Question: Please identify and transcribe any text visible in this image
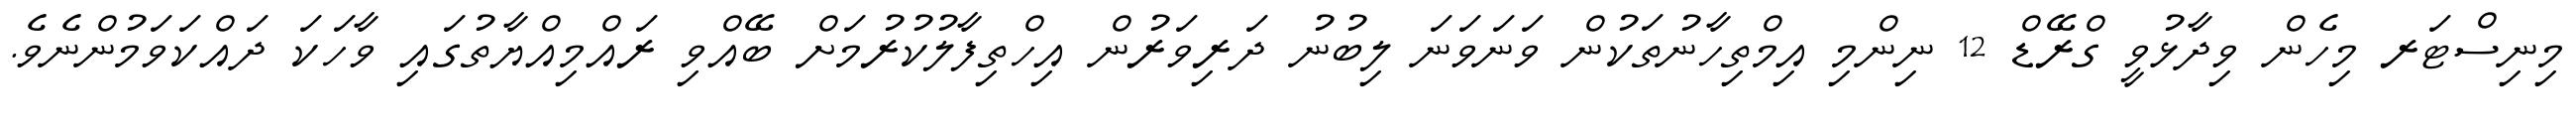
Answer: މިނިސްޓަރ މިހެން ވިދާޅުވީ ގްރޭޑް 12 ނިންމި އިމްތިހާނުތަކުން ވަނަވަނަ ލިބުނު ދަރިވަރުން އިހްތިފާލުކުރުމަށް ބޭއްވި ރައްމިއްޔާތުގައި ވާހަކަ ދައްކަވަމުންނެވެ.